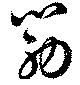
筋